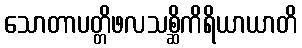
သောတာပတ္တိဖလသစ္ဆိကိရိယာယာတိ